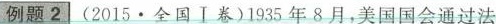
例题2 (2015.全国I卷)195年8月，美国国会通过法